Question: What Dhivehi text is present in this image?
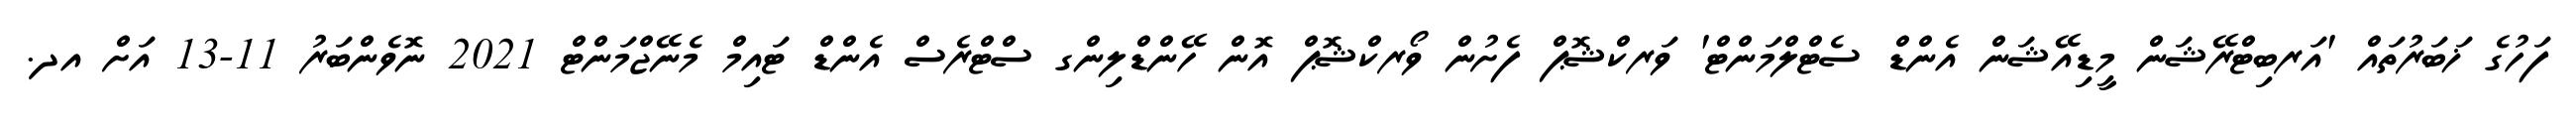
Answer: ފަހުގެ ޚަބަރުތައް 'އަރބިޓްރޭޝަން މީޑިއޭޝަން އެންޑް ސެޓްލްމަންޓް' ވަރކްޝޮޕް ފެށުން ވޯރކްޝޮޕް އޮން ހޭންޑްލިންގ ސްޓްރެސް އެންޑް ޓައިމް މެނޭޖްމަންޓް 2021 ނޮވެންބަރު 11-13 އަށް އދ.